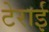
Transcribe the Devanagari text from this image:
टेराई